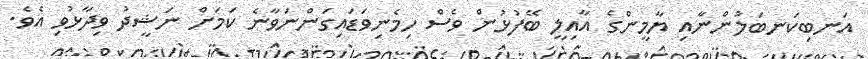
އަނބިކަނބަލުންނާއި ޔާމީންގެ އާއިލީ ބޭފުޅުން ވެސް ހިމެނިވަޑައިގަންނަވާނެ ކަމަށް ނަޝީދު ވިދާޅުވި އެވެ.